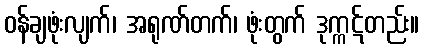
ဝန်ချဖုံးလျက်၊ အရုဏ်တက်၊ ဖုံးတွက် ဒုက္ကဋ်တည်း။